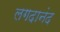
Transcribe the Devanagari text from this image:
लगदानंद